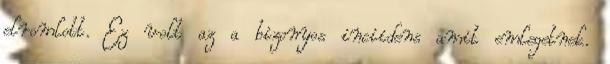
elromlott. Ez volt az a bizonyos inciidens amit emlegetnek.